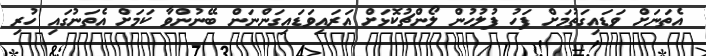
އެތަނަށް ވަޑައިގަތުމަށް ފަހު ފުލުހުން ލޯންޗުކޮޅަށް އަރައިވަޑައިގަންނަން ބޭނުންވާ ކަމަށް އެތަނުގައި ހުރި